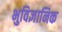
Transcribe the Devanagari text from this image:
भुविज्ञानिक